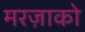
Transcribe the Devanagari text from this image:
मरज़ाको